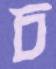
চ